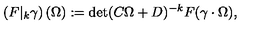
\left( F \vert _ { k } \gamma \right) ( \Omega ) : = \det ( C \Omega + D ) ^ { - k } F ( \gamma \cdot \Omega ) ,